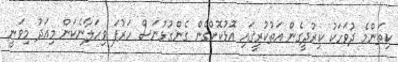
ކިތަންމެ ދުވަހަކު ކިރުދީގެން އަތުކުރީގައި އޮޅުކޮށްގެން ގެންގުޅުނަސް ހަރުފަ ވިހަލާނެކަން މިއަދު މިވަނީ